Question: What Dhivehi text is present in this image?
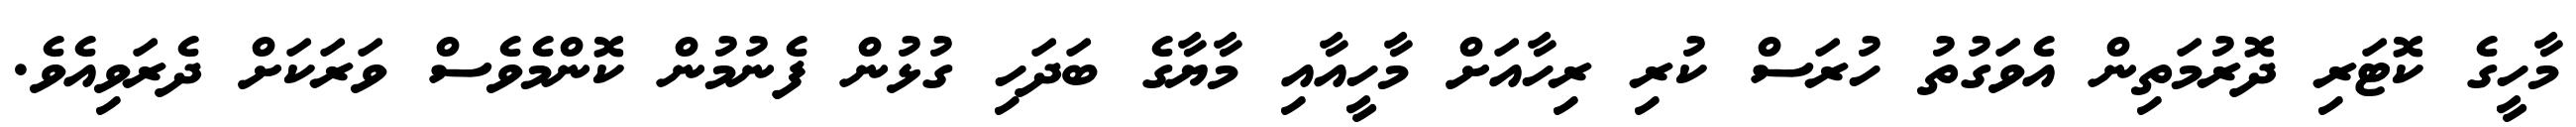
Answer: މާހީގެ ކޮޓަރި ދޮރުމަތިން އެވަގުތު ހުރަސް ކުރި ރިހާއަށް މާހީއާއި މާޔާގެ ބަދަހި ގުޅުން ފެނުމުން ކޮންމެވެސް ވަރަކަށް ދެރަވިއެވެ.